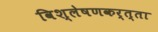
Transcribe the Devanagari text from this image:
विश्लेषणकर्त्ता